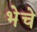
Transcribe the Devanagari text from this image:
भेचे